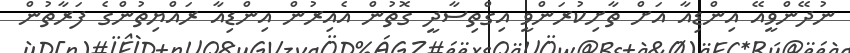
ނުދޭންވީއޭ އިންޑިއާ އަށް ތާށިކުރަންވީ އިގްތިސާދީ ގޮތުން އެއިރުން އިންޑިއާ ރައްޔިތުންގެ ފަރާތުން